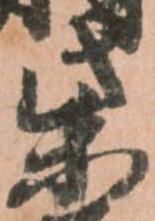
柴